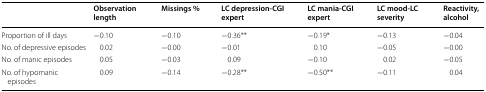
|  | Observation length | Missings % | LC depression-CGI expert | LC mania-CGI expert | LC mood-LC severity | Reactivity, alcohol |
 | --- | --- | --- | --- | --- | --- | --- |
 | Proportion of ill days | −0.10 | −0.10 | −0.36** | −0.19* | −0.13 | −0.04 |
 | No. of depressive episodes | 0.02 | −0.00 | −0.01 | 0.10 | −0.05 | −0.00 |
 | No. of manic episodes | 0.05 | −0.03 | 0.09 | −0.10 | 0.02 | −0.05 |
 | No. of hypomanic episodes | 0.09 | −0.14 | −0.28** | −0.50** | −0.11 | 0.04 |